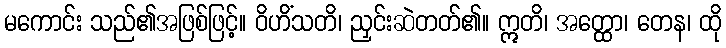
မကောင်း သည်၏အဖြစ်ဖြင့်။ ဝိဟိံသတိ၊ ညှင်းဆဲတတ်၏။ ဣတိ၊ အတ္ထော၊ တေန၊ ထို